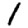
Digit: 1